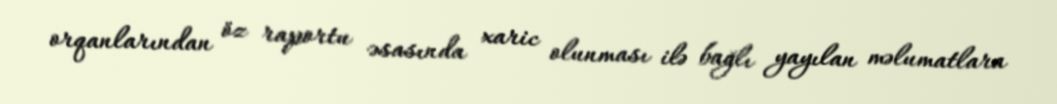
orqanlarından öz raportu əsasında xaric olunması ilə bağlı yayılan məlumatlara